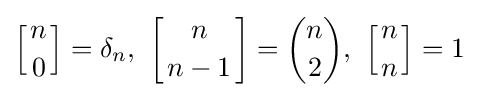
\left[{n \atop 0}\right]=\delta _{n},\ \left[{n \atop n-1}\right]={\binom {n}{2}},\ \left[{n \atop n}\right]=1